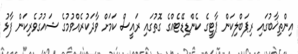
އިންތިޚާބުގައި ރިޕަބްލިކަން ޕާޓީގެ ކެންޑިޑޭޓެއްގެ ގޮތުގައި ރައީސް ކަމަށް ވާދަކުރެއްވުމުގެ ޝައުގުވެރިކަން ފާޅު